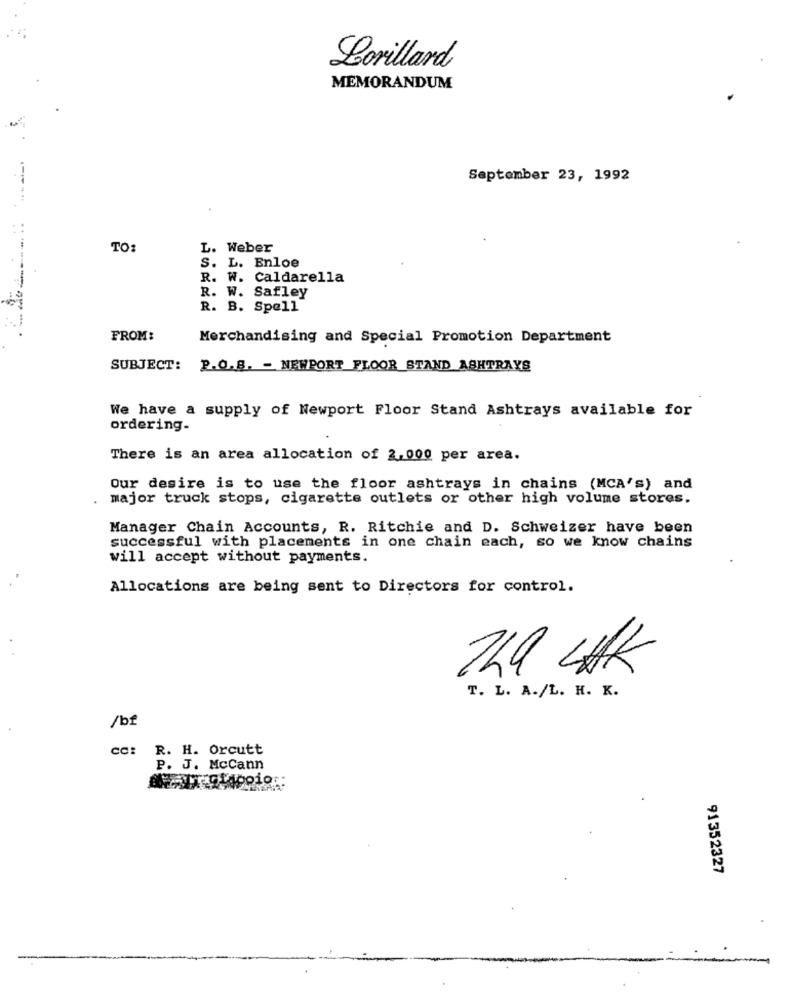
Lorillard
MEMORANDUM
September 23, 1992
TO:
L. Weber
S. L. Enloe
R. W. Caldarella
R. W. Safley
R. B. Spell
FROM:
Merchandising and Special Promotion Department
SUBJECT:
P.O.B. - NEWPORT FLOOR STAND ASHTRAYS
We have a supply of Newport Floor Stand Ashtrays available for
ordering-
There is an area allocation of 2,000 per area.
Our desire is to use the floor ashtrays in chains (MCA's) and
major truck stops, cigarette outlets or other high volume stores.
Manager Chain Accounts, R. Ritchie and D. Schweizer have been
successful with placements in one chain each, so we know chains
will accept without payments.
Allocations are being sent to Directors for control.
TLA LAAK
T. L. A./L. H. K.
/bf
co:
R. H. Orcutt
P. J. McCann
91352327